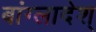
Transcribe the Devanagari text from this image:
बांग्लादेश्